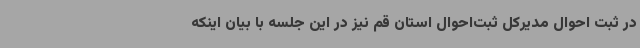
در ثبت احوال مدیرکل ثبت‌احوال استان قم نیز در این جلسه با بیان اینکه